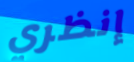
إنظري